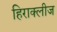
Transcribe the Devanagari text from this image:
हिराक्लीज